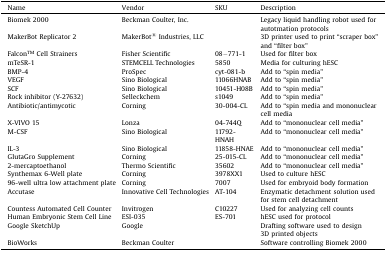
| Name | Vendor | SKU | Description |
 | --- | --- | --- | --- |
 | Biomek 2000 | Beckman Coulter, Inc. |  | Legacy liquid handling robot used for autotmation protocols |
 | MakerBot Replicator 2 | MakerBot® Industries, LLC |  | 3D printer used to print “scraper box” and “filter box” |
 | FalconTM Cell Strainers | Fisher Scientific | 08−771-1 | Used for filter box |
 | mTeSR-1 | STEMCELL Technologies | 5850 | Media for culturing hESC |
 | BMP-4 | ProSpec | cyt-081-b | Add to “spin media” |
 | VEGF | Sino Biological | 11066HNAB | Add to “spin media” |
 | SCF | Sino Biological | 10451-H08B | Add to “spin media” |
 | Rock inhibitor (Y-27632) | Selleckchem | s1049 | Add to “spin media” |
 | Antibiotic/antimycotic | Corning | 30-004-CL | Add to “spin media and mononuclear cell media |
 | X-VIVO 15 | Lonza | 04-744Q | Add to “mononuclear cell media” |
 | M-CSF | Sino Biological | 11792-HNAH | Add to “mononuclear cell media” |
 | IL-3 | Sino Biological | 11858-HNAE | Add to “mononuclear cell media” |
 | GlutaGro Supplement | Corning | 25-015-CL | Add to “mononuclear cell media” |
 | 2-mercaptoethanol | Thermo Scientific | 35602 | Add to “mononuclear cell media” |
 | Synthemax 6-Well plate | Corning | 3978XX1 | Used to culture hESC |
 | 96-well ultra low attachment plate | Corning | 7007 | Used for embryoid body formation |
 | Accutase | Innovative Cell Technologies | AT-104 | Enzymatic detachment solution used for stem cell detachment |
 | Countess Automated Cell Counter | Invitrogen | C10227 | Used for analyzing cell counts |
 | Human Embryonic Stem Cell Line | ESI-035 | ES-701 | hESC used for protocol |
 | Google SketchUp | Google |  | Drafting software used to design 3D printed objects |
 | BioWorks | Beckman Coulter |  | Software controlling Biomek 2000 |